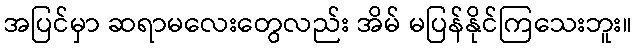
အပြင်မှာ ဆရာမလေးတွေလည်း အိမ် မပြန်နိုင်ကြသေးဘူး။